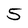
Character: 5